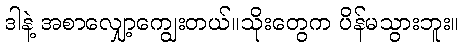
ဒါနဲ့ အစာလျှော့ကျွေးတယ်။သိုးတွေက ပိန်မသွားဘူး။